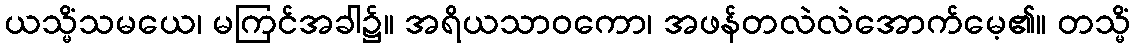
ယသ္မိံသမယေ၊ မကြင်အခါ၌။ အရိယသာဝကော၊ အဖန်တလဲလဲအောက်မေ့၏။ တသ္မိံ